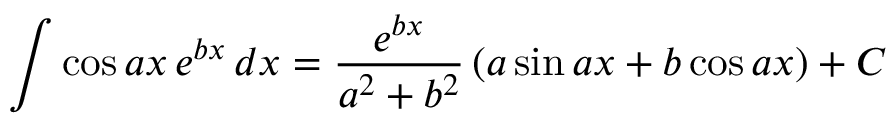
\int \cos a x \, e ^ { b x } \, d x = { \frac { e ^ { b x } } { a ^ { 2 } + b ^ { 2 } } } \left( a \sin a x + b \cos a x \right) + C